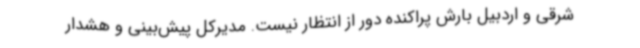
شرقی و اردبیل بارش پراکنده دور از انتظار نیست. مدیرکل پیش‌بینی و هشدار